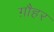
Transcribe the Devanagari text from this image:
ग़ौहर